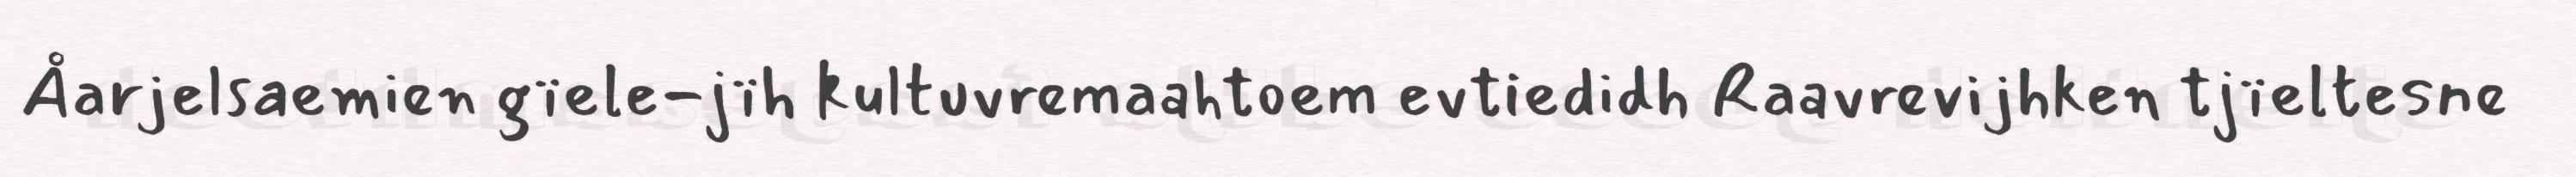
Åarjelsaemien gïele-jïh kultuvremaahtoem evtiedidh Raavrevijhken tjïeltesne